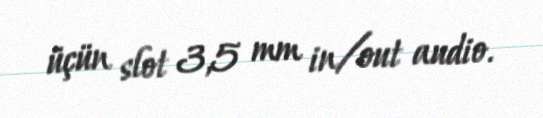
üçün slot 3,5 mm in/out audio.